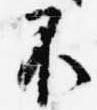
不